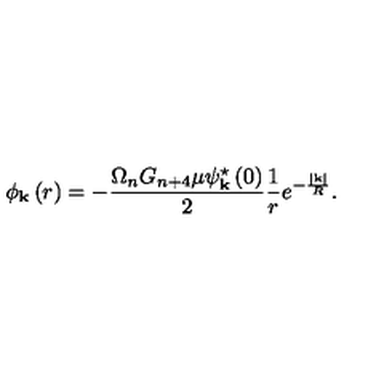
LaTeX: \phi _ { \mathrm { \bf \tiny k } } \left( r \right) = - \frac { \Omega _ { n } G _ { n + 4 } \mu \psi _ { \mathrm { \bf \tiny k } } ^ { \star } \left( 0 \right) } { 2 } \frac { 1 } { r } e ^ { - \frac { \left| \mathrm { \tiny \bf k } \right| } { R } } .